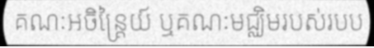
គណៈអចិន្ត្រៃយ៍ ឬគណៈមជ្ឈិមរបស់របប